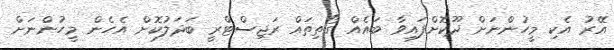
އޭރު އެކި މީހުންނަށް ދޫކޮށްފައިވާ ބައެއް ގޯތިތައް ރަޖިސްޓްރީ ބަދަލުކޮށް އެހެން މީހުންނަށް